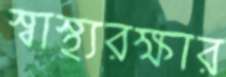
স্বাস্থ্যরক্ষার